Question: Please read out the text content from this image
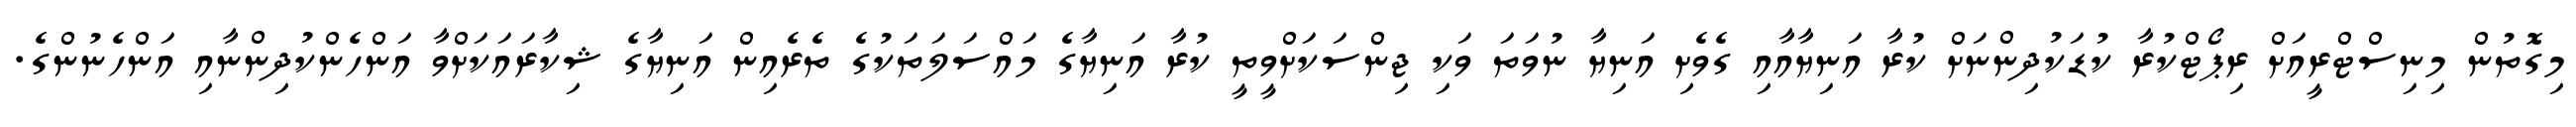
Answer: މިގޮތުން މިނިސްޓްރީއަށް ރިޕޯޓްކުރާ ކުޑަކުދިންނަށް ކުރާ އަނިޔާއާއި ގެވެށި އަނިޔާ ނުވަތަ ވަކި ޖިންސަކަށްވީތީ ކުރާ އަނިޔާގެ މައްސަލަތަކުގެ ތެރެއިން އަނިޔާގެ ޝިކާރައަކަށްވާ އަންހެންކުދިންނާއި އަންހެނުންގެ.